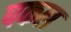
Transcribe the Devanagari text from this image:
पकल